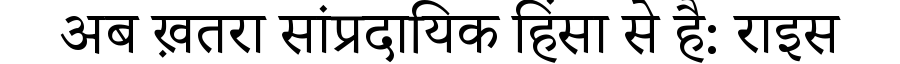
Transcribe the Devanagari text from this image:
अब ख़तरा सांप्रदायिक हिंसा से है: राइस